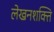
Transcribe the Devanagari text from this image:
लेखनशक्ति